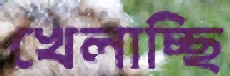
খেলাচ্ছি